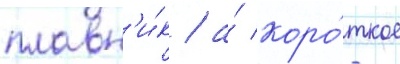
плавн'и́к / а́ коро́ткое